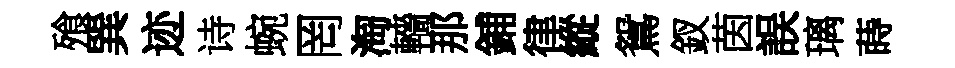
飱巽迹诗蜿罔淘轖那鋪律縱鴛釵茵誤璃蒔